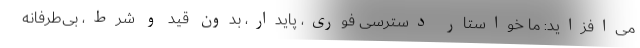
می‌افزاید: ما خواستار دسترسی فوری، پایدار، بدون قید و شرط، بی‌طرفانه